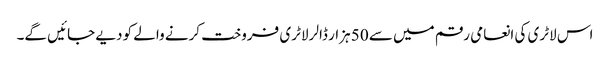
اس لاٹری کی انعامی رقم میں سے 50 ہزار ڈالر لاٹری فروخت کرنے والے کو دیے جائیں گے۔